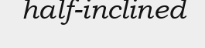
half-inclined